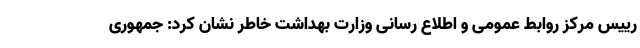
رییس مرکز روابط عمومی و اطلاع رسانی وزارت بهداشت خاطر نشان کرد: جمهوری